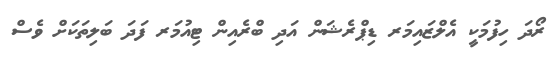
ރޯދަ ހިފުމަކީ އެލްޒައިމަރ ޑިޕްރެޝަން އަދި ބްރެއިން ޓިއުމަރ ފަދަ ބަލިތަކަށް ވެސް